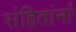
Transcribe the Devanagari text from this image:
संहितांनां